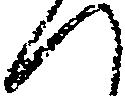
へ